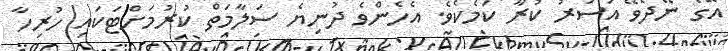
އޭގެ ނޭދެވޭ އަސަރު ކުރާ ކަމެކެވެ. އެހެންވެ ދުނިޔެ ސަލާމަތް ކުރުމަށްޓަކައި ހުރިހާ